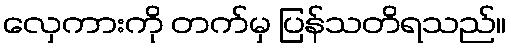
လှေကားကို တက်မှ ပြန်သတိရသည်။